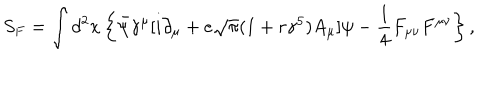
S _ { F } = \int d ^ { 2 } x \left\{ \bar { \psi } { \gamma } ^ { \mu } [ i { \partial } _ { \mu } + e \sqrt { \pi } ( 1 + r { \gamma } ^ { 5 } ) A _ { \mu } ] { \psi } - { \frac 1 4 } F _ { { \mu } { \nu } } F ^ { { \mu } { \nu } } \right\} ,